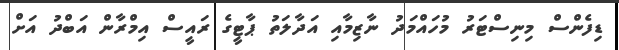
ޑިފެންސް މިނިސްޓަރު މުހައްމަދު ނާޒިމާއި އަދާލަތު ޕާޓީގެ ރައީސް އިމްރާން އަބްދު އަށް